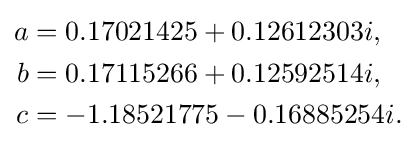
{\begin{aligned}a&=0.17021425+0.12612303i,\\b&=0.17115266+0.12592514i,\\c&=-1.18521775-0.16885254i.\end{aligned}}